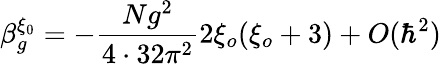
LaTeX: \beta_{g}^{\xi_{0}}=-\frac{Ng^{2}}{4\cdot 32\pi^{2}}2\xi_{o}(\xi_{o}+3)+O(\hbar^{2})